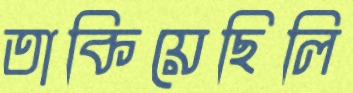
তাকিয়েছিলি